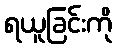
ရယူခြင်းကို